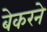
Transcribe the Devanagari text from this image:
बेकरने